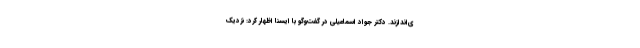
ی‌اندازند. دکتر جواد اسماعیلی در گفت‌وگو با ایسنا اظهار کرد: نزدیک